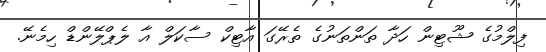
ފިލްމުގެ ޝޫޓިން ހަދާ ތަންތަނުގެ ތެރޭގަ އާޓިކް ސާކަލް އާ ލެޕްލޭންޑް ހިމެނޭ.